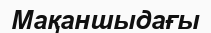
Мақаншыдағы